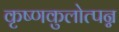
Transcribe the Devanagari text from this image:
कृष्णकुलोत्पन्न